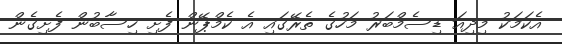
އެކަމަކު މިދިއަ ޑިސެމްބަރު މަހުގެ ތެރޭގައި އެ ކެމްޕޭން ފެށި ހިސާބުން ފެށިގެން